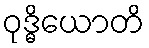
ဝုဒ္ဓိယောတိ